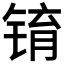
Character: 𫓾